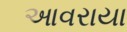
આવરાયા